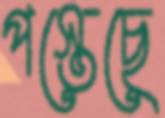
পস্তেছে